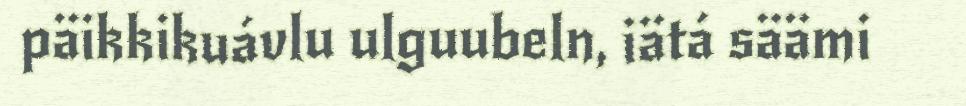
päikkikuávlu ulguubeln, iätá säämi